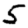
Digit: 5